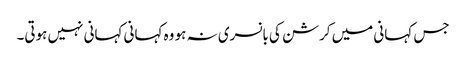
جس کہانی میں کرشن کی بانسری نہ ہو وہ کہانی کہانی نہیں ہوتی۔